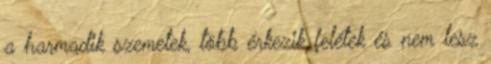
a harmadik szemetek, több érkezik felétek és nem lesz